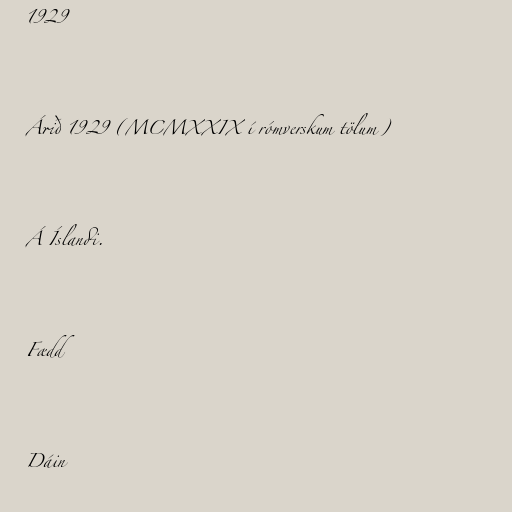
1929

Árið 1929 (MCMXXIX í rómverskum tölum)

Á Íslandi.

Fædd

Dáin